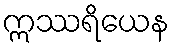
ဣဿရိယေန